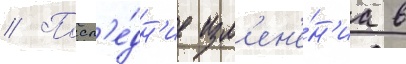
// Посл'е́дн'ие изм'ен'е́н'иа в